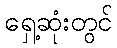
ရှေ့ဆုံးတွင်